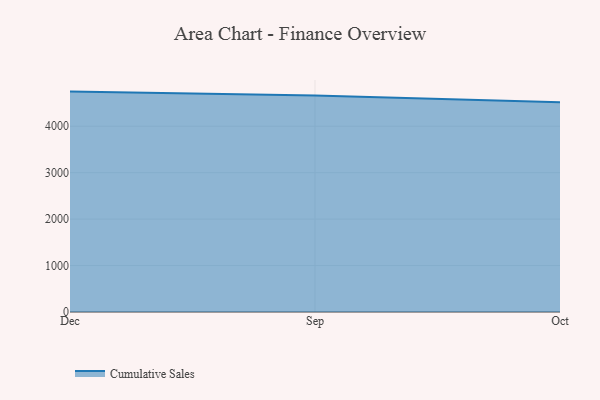
{"axis": {"x": "Month", "y": "Demand Index"}, "legend": ["Cumulative Sales"], "data": [{"x": "Dec", "y": 4744.8, "type": "Cumulative Sales"}, {"x": "Sep", "y": 4659.7, "type": "Cumulative Sales"}, {"x": "Oct", "y": 4513.4, "type": "Cumulative Sales"}]}